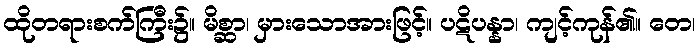
ထိုတရားစက်ကြီး၌။ မိစ္ဆာ၊ မှားသောအားဖြင့်။ ပဋိပန္နာ၊ ကျင့်ကုန်၏။ တေ၊